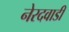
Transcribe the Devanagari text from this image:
नेरदवाडी